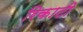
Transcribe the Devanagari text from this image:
रिकाटी